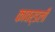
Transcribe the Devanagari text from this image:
कावर्डली